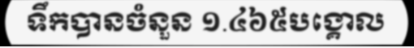
ទឹកបានចំនួន ១.៤៦៥បង្គោល